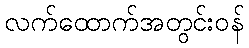
လက်ထောက်အတွင်းဝန်